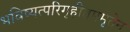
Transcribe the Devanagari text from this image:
भविष्यत्परिगृहीतममृतेन